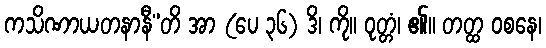
ကသိဏာယတနာနီ”တိ အာ (ပေ ၃၆) ဒိ၊ ကို။ ဝုတ္တံ၊ ၏။ တတ္ထ ဝစနေ၊